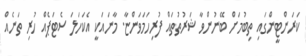
ކަރަންޓީންގައި ތިބުމަށް ބޭނުންވާ ޝަރުތުތައް ފުރިހަމަވަންޏާ. މާނައަކީ އެކަހަލަ ސެޓަޕެއް ހުރި ތަނެއް